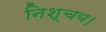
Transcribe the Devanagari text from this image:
निश्चय।